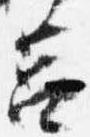
筥